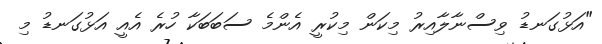
"އަޅުގަނޑު ވިސްނާލާއިރު މިކަން މިކުރީ އެންމެ ސަބަބަކާ ހުރެ އެއީ އަޅުގަނޑު މި